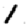
Digit: 1